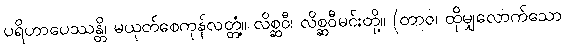
ပရိဟာပေဿန္တိ၊ မယုတ်စေကုန်လတ္တံ့။ လိစ္ဆဝီ၊ လိစ္ဆဝီမင်းတို့။ (တာဝ၊ ထိုမျှလောက်သော